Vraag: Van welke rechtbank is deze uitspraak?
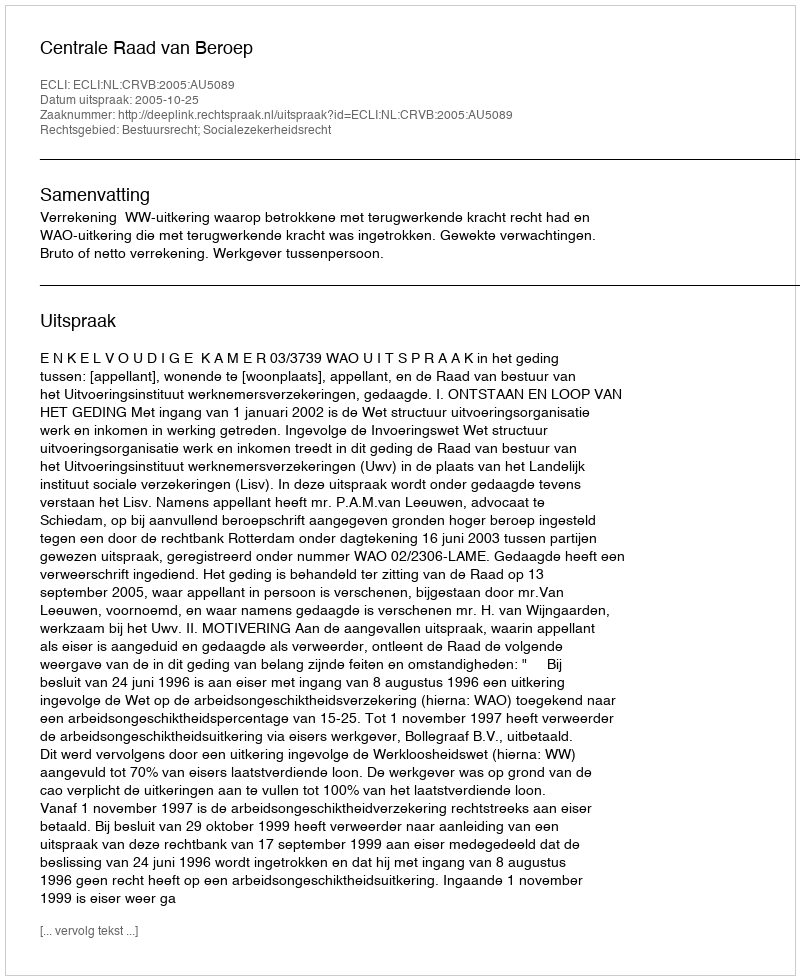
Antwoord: Centrale Raad van Beroep